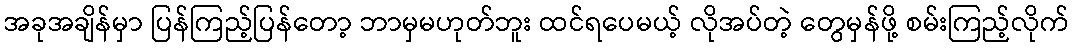
အခုအချိန်မှာ ပြန်ကြည့်ပြန်တော့ ဘာမှမဟုတ်ဘူး ထင်ရပေမယ့် လိုအပ်တဲ့ တွေမှန်ဖို့ စမ်းကြည့်လိုက်